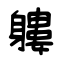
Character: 軁